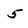
Character: 5